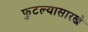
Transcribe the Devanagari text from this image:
फुटल्यासारखे